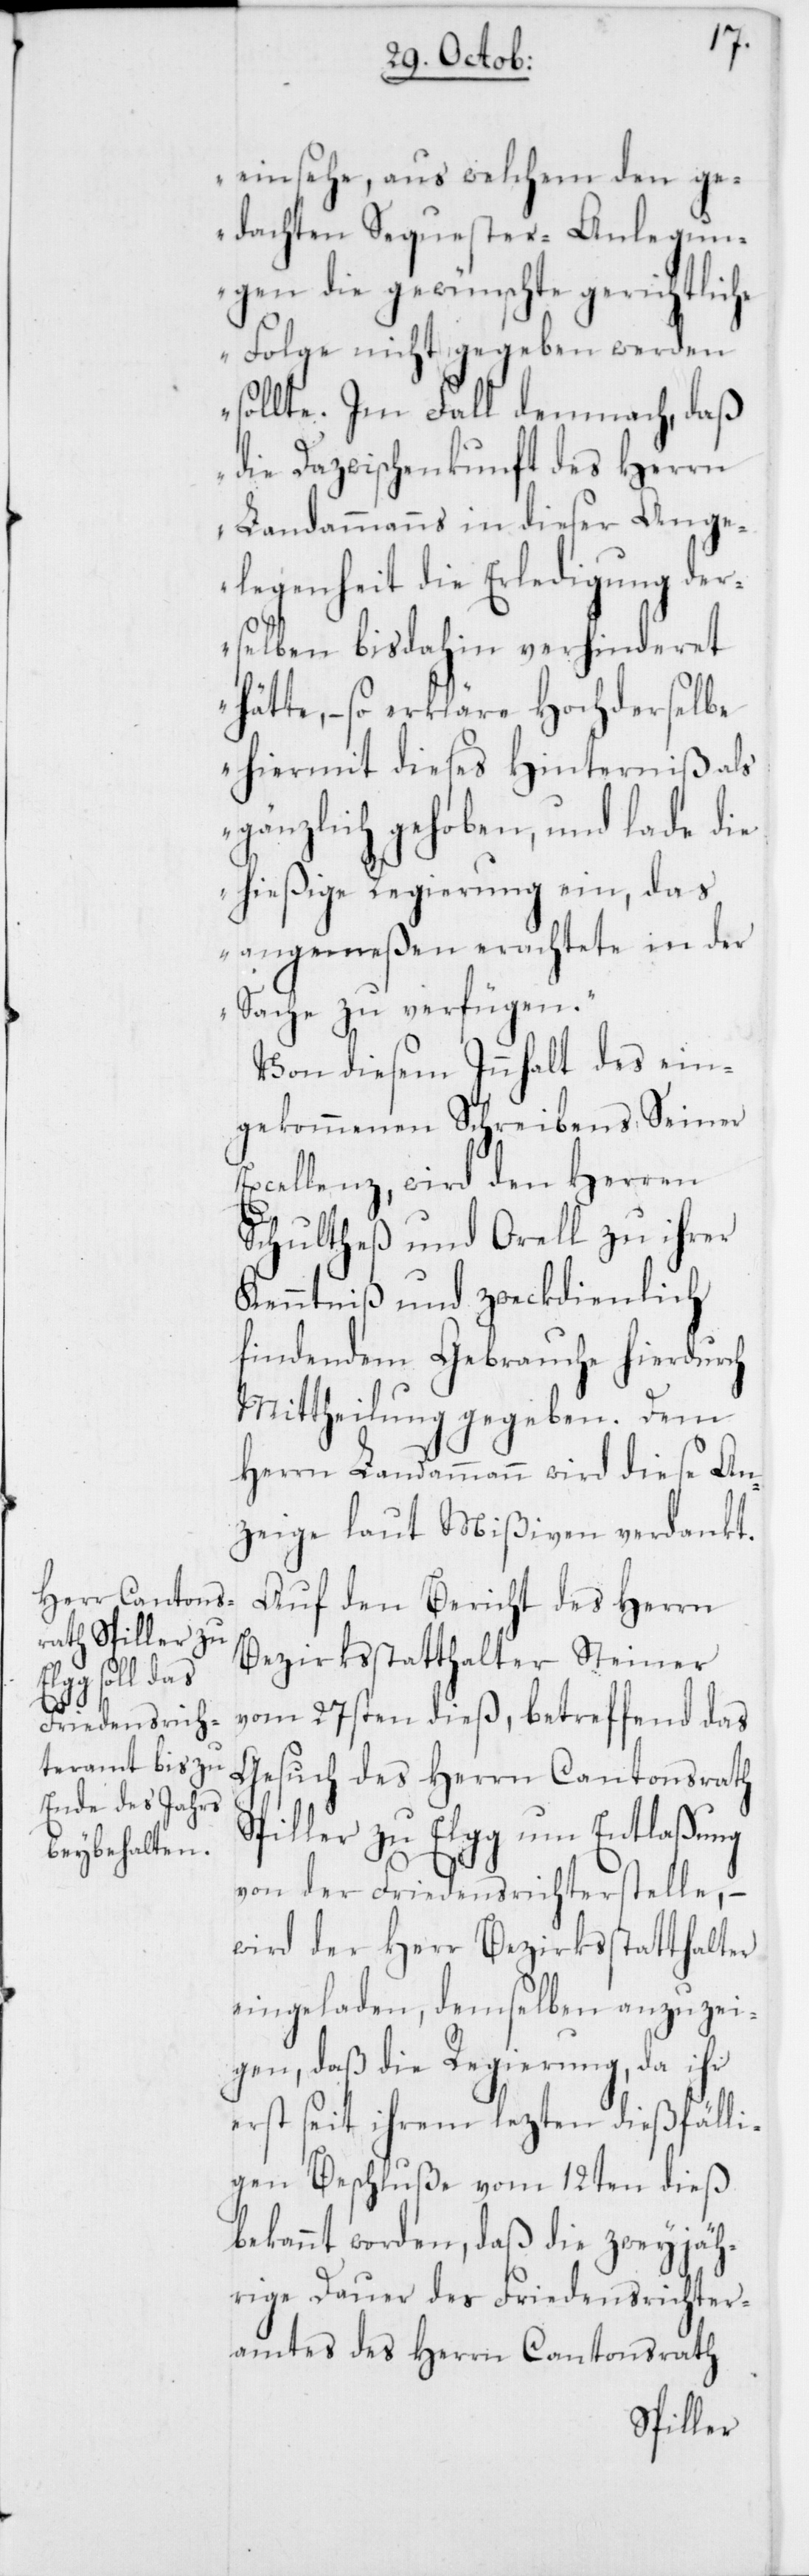
einsehe, aus welchem den ge¬
dachten Sequester-Anlegun¬
gen die gewünschte gerichtliche
Folge nicht gegeben werden
sollte. Im Fall demnach, daß
die Dazwischenkunft des Herrn
Landammanns in dieser Ange¬
legenheit die Erledigung der¬
selben bis dahin verhinderet
hätte, – so erkläre Hochderselbe
hiermit dieses Hinderniß als
gänzlich gehoben, und lade die
hießige Regierung ein, das
angemeßen erachtete in der
Sache zu verfügen.“
Von diesem Innhalt des ein¬
gekommenen Schreibens Seiner
Excellenz, wird den Herren
Schultheß und Orell zu ihrer
Kenntniß und zweckdienlich
findendem Gebrauche hierdurch
Mittheilung gegeben. Dem
Herrn Landammann wird diese An¬
zeige laut Mißiven verdankt.
Auf den Bericht des Herrn
Bezirksstatthalter Steiner
vom 27sten dieß, betreffend das
Gesuch des Herrn Cantonsrath
Spiller zu Elgg um Entlaßung
von der Friedensrichterstelle, –
wird der Herr Bezirksstatthalter
eingeladen, demselben anzuzei¬
gen, daß die Regierung, da ihr
erst seit ihrem lezten dießfälli¬
gen Beschluße vom 12ten dieß
bekannt worden, daß die zweyjäh¬
rige Dauer des Friedensrichter¬
amtes des Herrn Cantonsrath